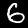
Digit: 6